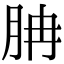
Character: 䏥